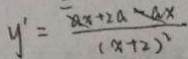
y ^ { \prime } = \frac { - a x + 2 a - a x } { ( x + 2 ) ^ { 2 } }